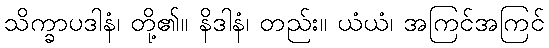
သိက္ခာပဒါနံ၊ တို့၏။ နိဒါနံ၊ တည်း။ ယံယံ၊ အကြင်အကြင်